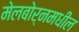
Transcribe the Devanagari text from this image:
मेलबोर्नमधील